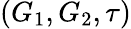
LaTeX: (G_{1},G_{2},\tau)